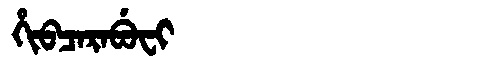
Manchu: ᡥᡳᠪᠴᠠᡵᠠᠪᡠᠸᡳ
Romanization: HIBCARABUFI